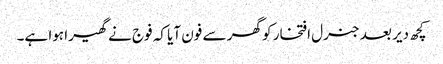
کچھ دیر بعد جنرل افتخار کو گھر سے فون آیا کہ فوج نے گھیرا ہوا ہے۔